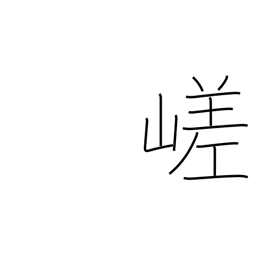
Meaning: craggy